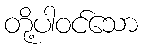
တို့ပါဝင်သော